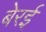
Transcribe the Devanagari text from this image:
बेरई